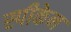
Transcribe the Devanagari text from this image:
स्पीकेन